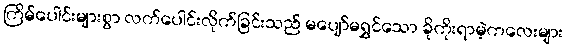
ကြိမ်ပေါင်းများစွာ လက်ပေါင်းလိုက်ခြင်းသည် မပျော်မရွှင်သော ခိုကိုးရာမဲ့ကလေးများ